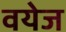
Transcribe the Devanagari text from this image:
वयेज